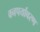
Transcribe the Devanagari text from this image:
वनपर्यावरण